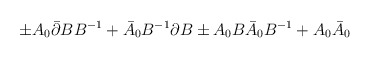
\begin{align*}\pm A_{0}\bar{\partial}BB^{-1} + \bar{A}_{0}B^{-1}\partial B\pm A_{0}B\bar{A}_{0}B^{-1} + A_{0}\bar{A}_{0}\end{align*}